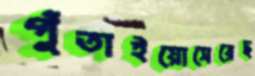
গুঁতাইয়োসেরেছ